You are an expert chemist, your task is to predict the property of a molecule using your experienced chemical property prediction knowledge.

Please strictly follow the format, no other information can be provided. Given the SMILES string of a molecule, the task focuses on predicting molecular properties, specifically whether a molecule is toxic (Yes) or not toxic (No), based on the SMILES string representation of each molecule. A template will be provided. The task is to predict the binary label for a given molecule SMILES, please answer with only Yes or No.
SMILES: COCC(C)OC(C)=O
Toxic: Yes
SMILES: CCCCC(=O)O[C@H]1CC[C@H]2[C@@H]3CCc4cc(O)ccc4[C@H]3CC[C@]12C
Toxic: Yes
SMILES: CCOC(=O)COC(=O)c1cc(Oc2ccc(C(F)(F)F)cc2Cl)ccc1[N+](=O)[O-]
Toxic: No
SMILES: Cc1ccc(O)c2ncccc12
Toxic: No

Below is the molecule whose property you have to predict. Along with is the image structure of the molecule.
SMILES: CC[C@H](C)[C@@H](C(=O)O)n1sc2ccccc2c1=O
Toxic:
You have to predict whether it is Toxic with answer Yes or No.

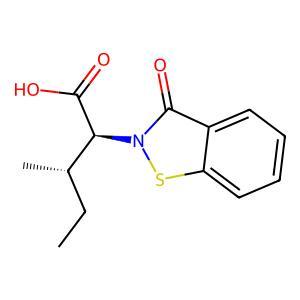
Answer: No